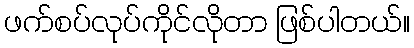
ဖက်စပ်လုပ်ကိုင်လိုတာ ဖြစ်ပါတယ်။